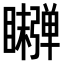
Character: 𬑫